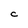
Character: C